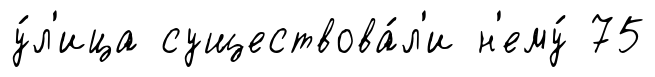
у́л'ица существова́л'и н'ему́ 75